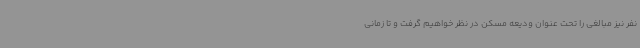
نفر نیز مبالغی را تحت عنوان ودیعه مسکن در نظر خواهیم گرفت و تا زمانی